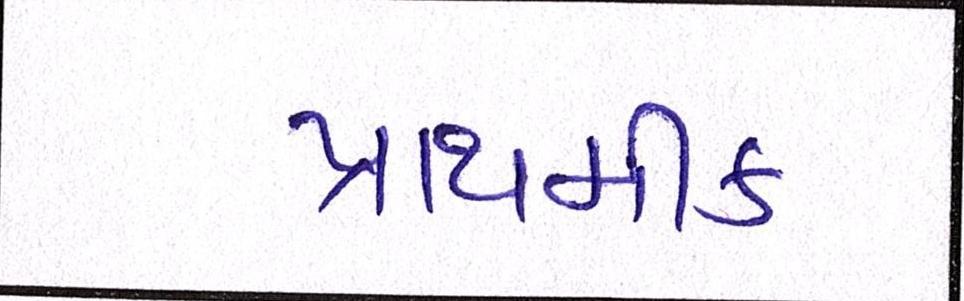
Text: પ્રાથમીક